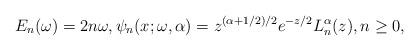
LaTeX: \begin{gather*} E_{n}( \omega ) =2n\omega, \psi _{n}(x;\omega,\alpha) =z^{( \alpha +1/2) /2}e^{-z/2}L_{n}^{\alpha }(z),n\geq 0, \end{gather*}